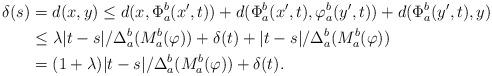
LaTeX: \begin{align*} \delta(s) &=d(x,y)\le d(x,\Phi^b_a(x',t))+d(\Phi^b_a(x',t),\varphi^b_a(y',t))+d(\Phi^b_a(y',t),y) \\ &\le \lambda|t-s|/\Delta^b_a(M^b_a(\varphi))+\delta(t)+|t-s|/\Delta^b_a(M^b_a(\varphi)) \\ &=(1+\lambda)|t-s|/\Delta^b_a(M^b_a(\varphi))+\delta(t). \end{align*}